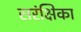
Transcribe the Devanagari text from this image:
सरंक्षिका